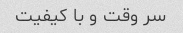
سر وقت و با کیفیت